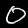
Label: 0